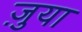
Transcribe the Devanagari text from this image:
ज़ुया